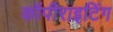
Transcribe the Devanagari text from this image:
कॉपीराइटिंग